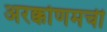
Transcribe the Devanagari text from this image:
अरक्कोणमची